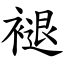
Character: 褪